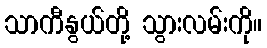
သာကီနွယ်တို့ သွားလမ်းကို။